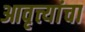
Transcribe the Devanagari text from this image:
आवृत्त्यांचा